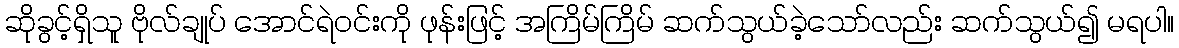
ဆိုခွင့်ရှိသူ ဗိုလ်ချုပ် အောင်ရဲဝင်းကို ဖုန်းဖြင့် အကြိမ်ကြိမ် ဆက်သွယ်ခဲ့သော်လည်း ဆက်သွယ်၍ မရပါ။